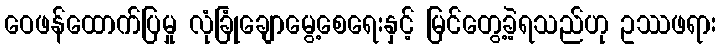
ဝေဖန်ထောက်ပြမှု လုံခြုံချောမွေ့စေရေးနှင့် မြင်တွေ့ခဲ့ရသည်ဟု ဥဿဖရား